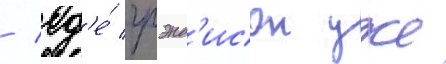
/ гд'е́ грэнд'исон уже